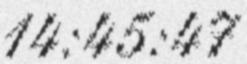
14:45:47